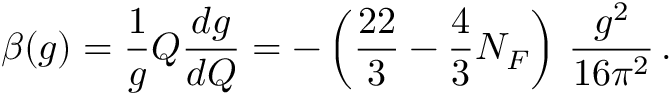
\beta ( g ) = \frac { 1 } { g } Q \frac { d g } { d Q } = - \left( \frac { 2 2 } { 3 } - \frac { 4 } { 3 } N _ { F } \right) \, \frac { g ^ { 2 } } { 1 6 \pi ^ { 2 } } \, .